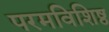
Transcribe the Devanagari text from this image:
परमविशिष्ठ